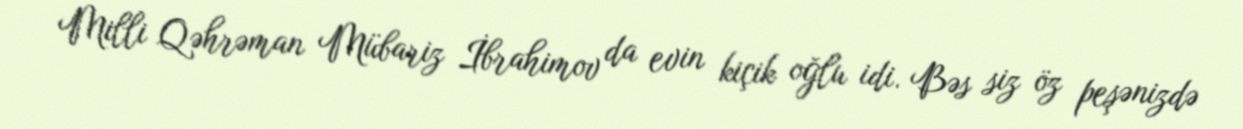
Milli Qəhrəman Mübariz İbrahimov da evin kiçik oğlu idi. Bəs siz öz peşənizdə